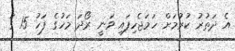
އެ ދަތުރު ކުރުމަށް ހަމަޖެހިފައި ވަނީ ރޯދަ މަހުގެ ފަހު 15 ގަ